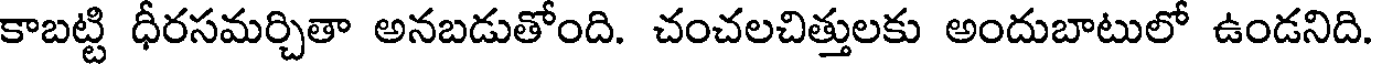
కాబట్టి ధీరసమర్చితా అనబడుతోంది. చంచలచిత్తులకు అందుబాటులో ఉండనిది